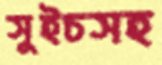
সুইচসহ